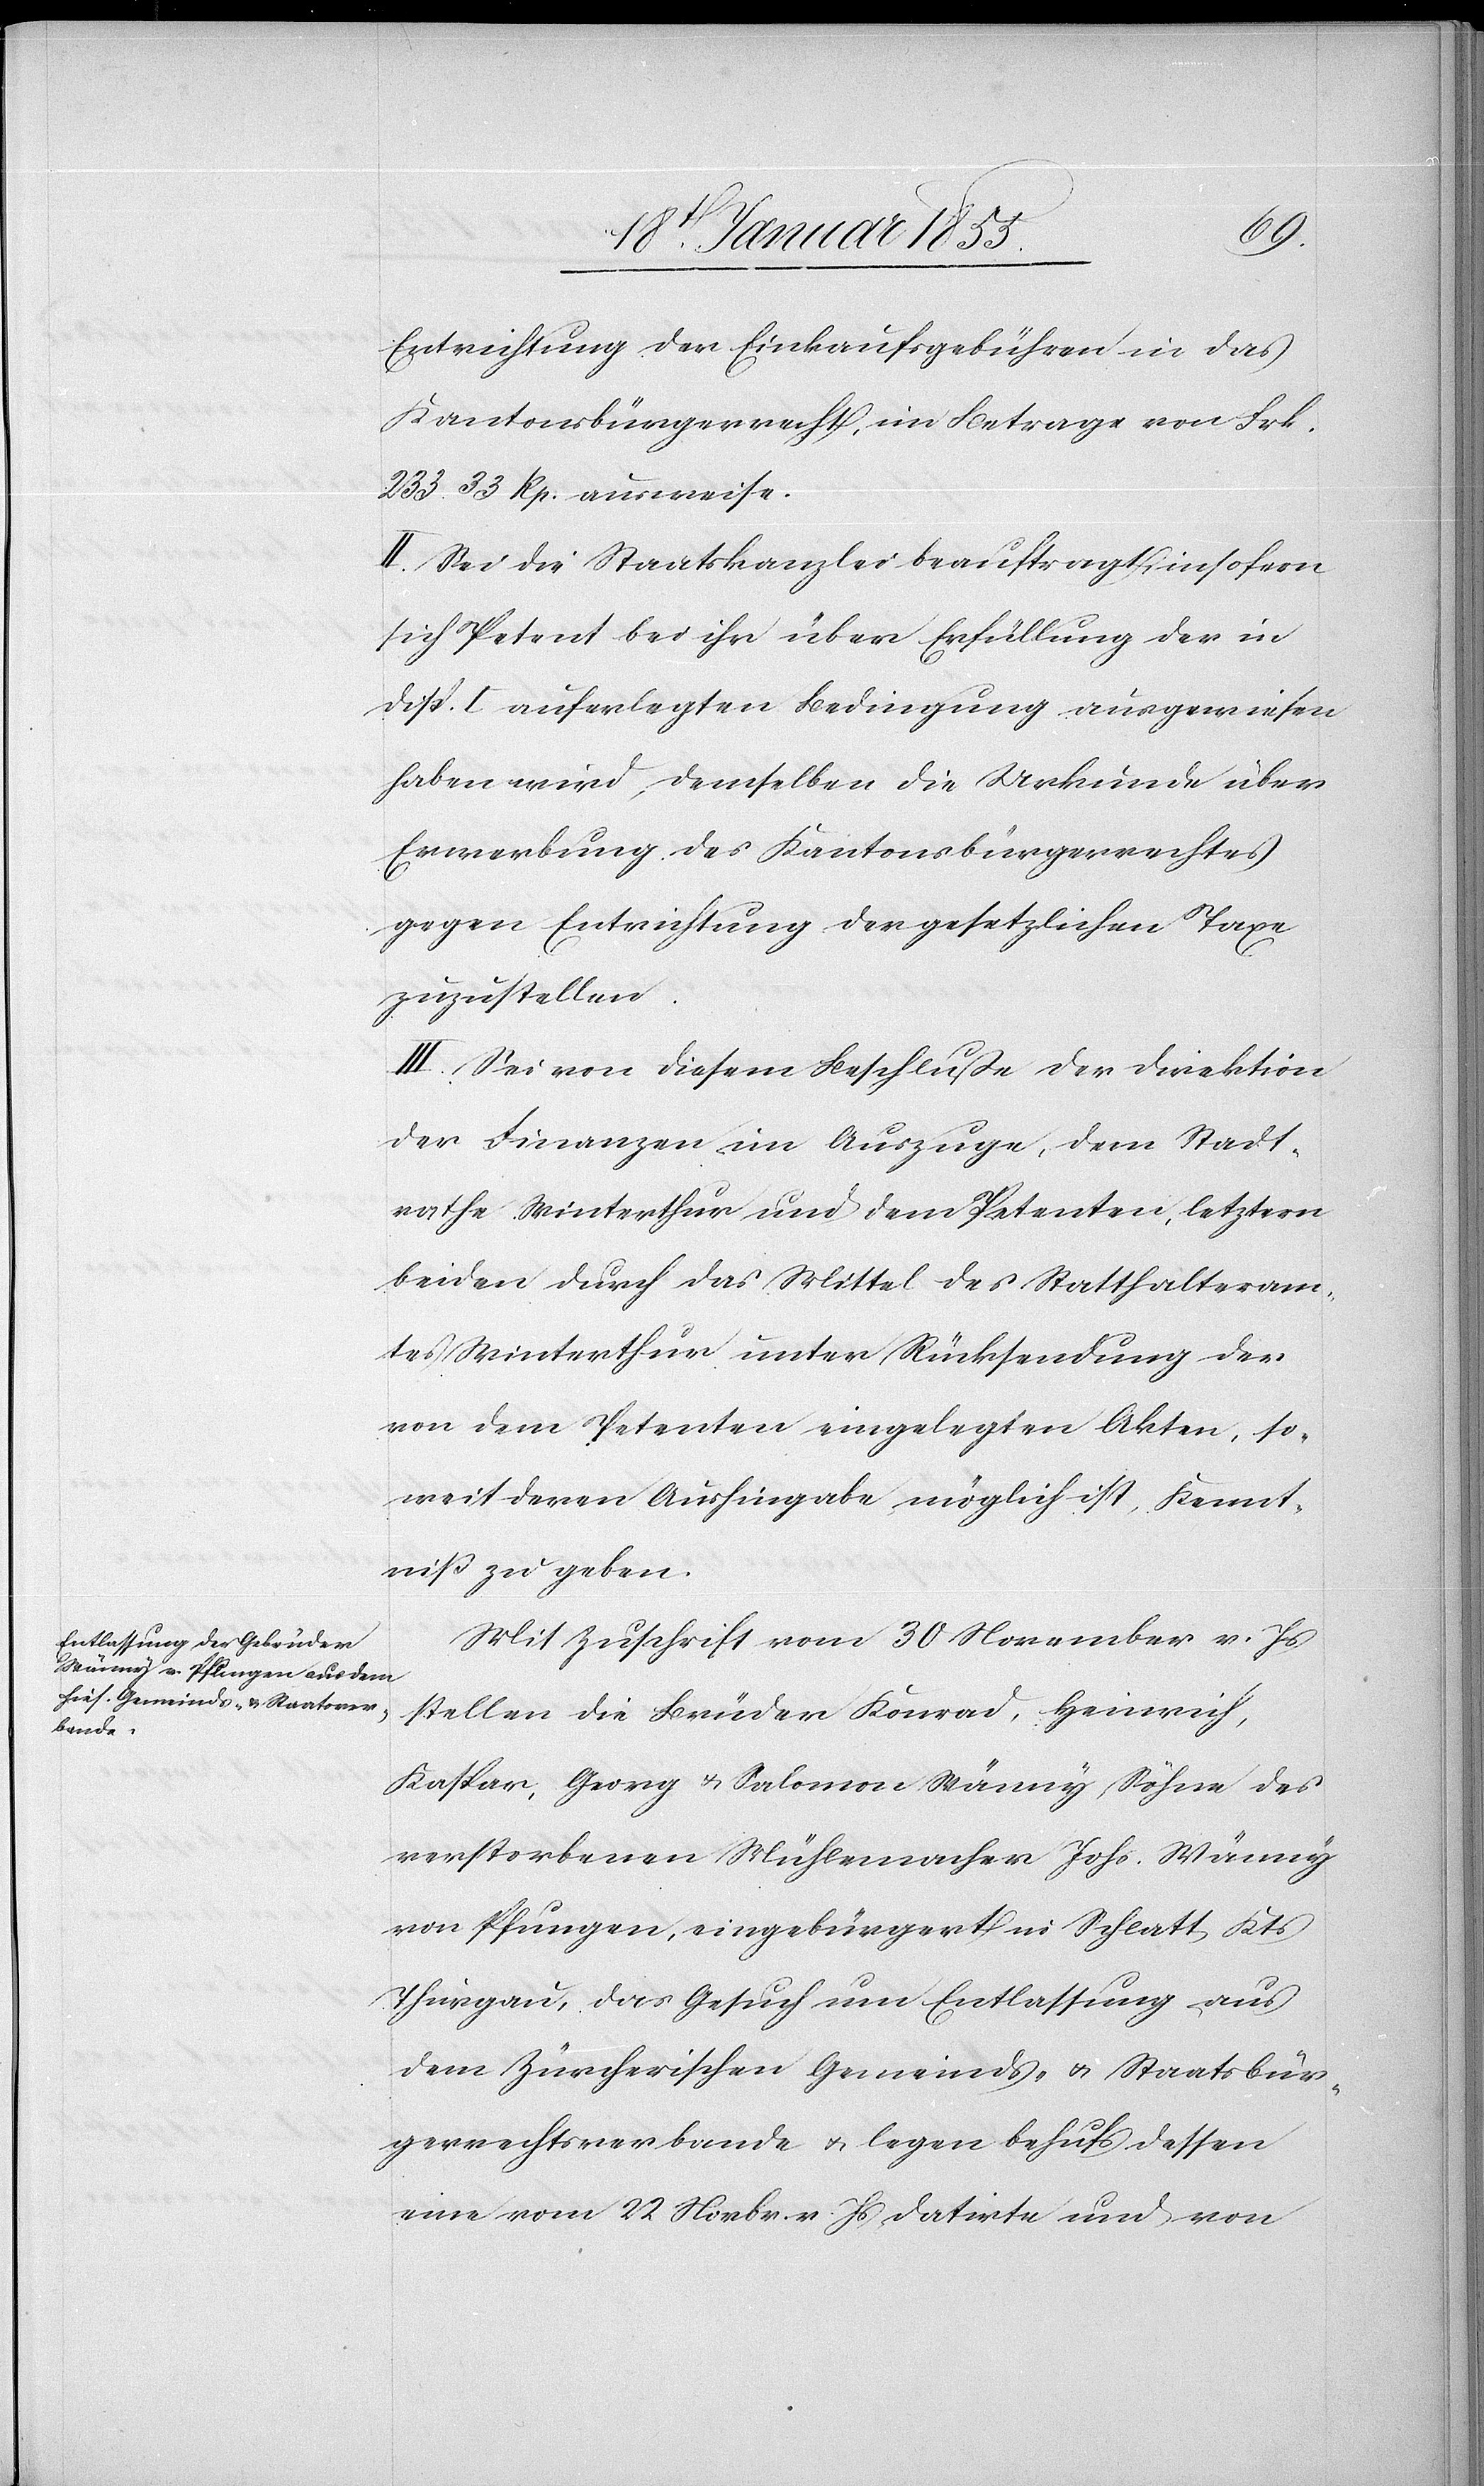
Entrichtung der Einkaufsgebühren in das
Kantonsbürgerrecht, im Betrage von Frk.
233 33 Rp. ausweise.
II. Sei die Staatskanzlei beauftragt, insofern
sich Petent bei ihr über Erfüllung der in
Disp. I auferlegten Bedingung ausgewiesen
haben wird, demselben die Urkunde über
Erwerbung des Kantonsbürgerrechtes
gegen Entrichtung der gesetzlichen Taxe
zuzustellen.
III. Sei von diesem Beschluße der Direktion
der Finanzen im Auszuge, dem Stadt¬
rathe Winterthur und dem Petenten, letztern
beiden durch das Mittel des Statthalteram¬
tes Winterthur unter Rücksendung der
von dem Petenten eingelegten Akten, so¬
weit deren Aushingabe möglich ist, Kennt¬
niß zu geben.
Mit Zuschrift vom 30 November v. Js.
stellen die Brüder Konrad, Heinrich,
Kaspar, Georg & Salomon Wänny, Söhne des
verstorbenen Mühlemacher Johs. Wänny
von Pfungen, eingebürgert in Schlatt Kts.
Thurgau, das Gesuch um Entlassung aus
dem Zürcherischen Gemeinds- & Staatsbür¬
gerrechtsverbande & legen behufs dessen
eine vom 22 Novbr. v. Js. datirte und von